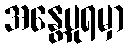
အန္တေပုရမှာ